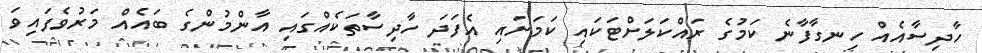
ހާދިސާއެއް ހިނގާފާނެ ކަމުގެ ރައްކަަލަށްޓަކައި ކަމަށައި އެފަދަ ހާދިސާތަކެއްގައި އާންމުންގެ ބައެއް މަރުވެފައިވަ